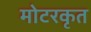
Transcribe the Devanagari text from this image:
मोटरकृत